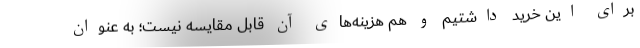
برای این خرید داشتیم و هم هزینه‌های آن قابل مقایسه نیست؛ به عنوان